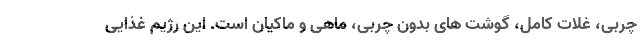
چربی، غلات کامل، گوشت های بدون چربی، ماهی و ماکیان است. این رژیم غذایی